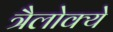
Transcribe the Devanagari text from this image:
त्रैलोक्ये